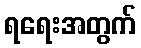
ရရေးအတွက်